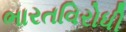
ભારતવિરોધી